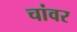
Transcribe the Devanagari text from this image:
चांवर